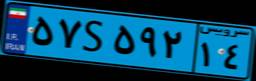
۳۵S۸۸۱۵۰